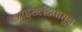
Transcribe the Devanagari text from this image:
आइसलँडपासून